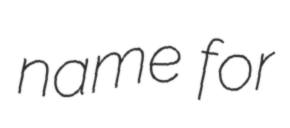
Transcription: name for